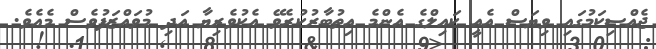
ޖެއްސިކަމުގައި ވިޔަސް އެއީ ކައިލްގެ އެންމެ އިތުބާރުކުރެވޭ އެކުވެރިޔާ އަދި މުވައްޒަފުވެސް މެއެވެ.